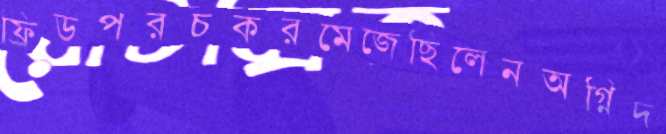
ফ্রিডপরচকরমেজেছিলেনঅগ্নিদ